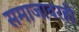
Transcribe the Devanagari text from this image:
समाजावरही